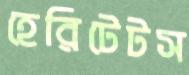
হেরিটেটস